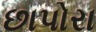
છાપોરા